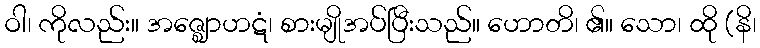
ဝါ၊ ကိုလည်း။ အဇ္ဈောဟဋံ၊ စားမျိုအပ်ပြီးသည်။ ဟောတိ၊ ၏။ သော၊ ထို (နိ၊